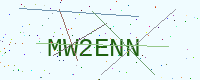
Text: MW2ENN